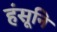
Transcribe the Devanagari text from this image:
हंसूनि